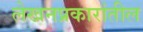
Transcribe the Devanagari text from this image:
लेखनप्रकारांतील